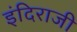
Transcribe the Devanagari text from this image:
इंदिराजी